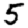
Digit: 5